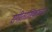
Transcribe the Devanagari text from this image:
संगीतरसिकांच्या